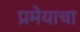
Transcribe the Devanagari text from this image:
प्रमेयाचा